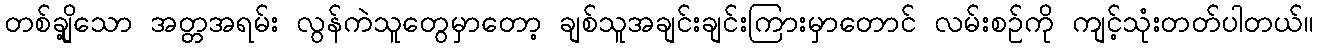
တစ်ချို့သော အတ္တအရမ်း လွန်ကဲသူတွေမှာတော့ ချစ်သူအချင်းချင်းကြားမှာတောင် လမ်းစဉ်ကို ကျင့်သုံးတတ်ပါတယ်။